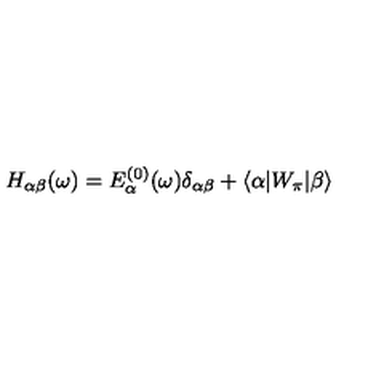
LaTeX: H _ { \alpha \beta } ( \omega ) = E _ { \alpha } ^ { ( 0 ) } ( \omega ) \delta _ { \alpha \beta } + \langle \alpha | W _ { \pi } | \beta \rangle